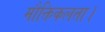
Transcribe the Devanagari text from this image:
मौक्तिकलता।